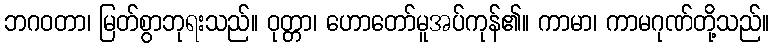
ဘဂဝတာ၊ မြတ်စွာဘုရးသည်။ ဝုတ္တာ၊ ဟောတော်မူအပ်ကုန်၏။ ကာမာ၊ ကာမဂုဏ်တို့သည်။